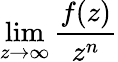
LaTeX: \operatorname*{lim}_{z\to\infty}{\frac{f(z)}{z^{n}}}